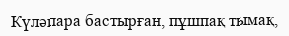
Күләпара бастырған, пұшпақ тымақ,